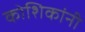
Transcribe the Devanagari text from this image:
कोशिकांनी